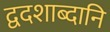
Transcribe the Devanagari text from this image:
द्वदशाब्दानि